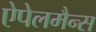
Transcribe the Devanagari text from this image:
ऐपेलमैन्स